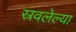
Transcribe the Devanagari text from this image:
स्रवलेल्या